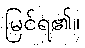
မြင်ရ၏။